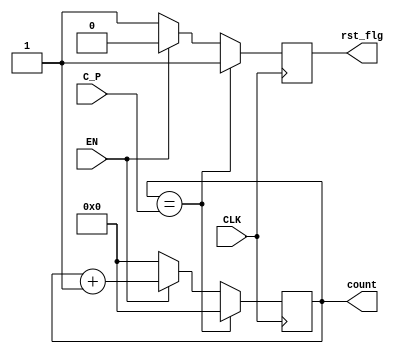
`timescale 1ns / 1ps
//////////////////////////////////////////////////////////////////////////////////
// Company: 
// Engineer: 
// 
// Design Name: 
// Module Name: Count
// Project Name: 
// Target Devices: 
// Tool Versions: 
// Description: 
// 
// Dependencies: 
// 
// Revision:
// Revision 0.01 - File Created
// Additional Comments:
// 
//////////////////////////////////////////////////////////////////////////////////


module Count#(parameter WL=8)           //WL: 8 bits for max 255
            (input CLK, EN,             
            input [WL-1:0] C_P,       //input parameters from the control module
            output reg rst_flg,
            output reg [WL-1:0] count);        //reset flag out
//reg [WL-1:0] tmp;
initial count = 0;            
always @(posedge CLK) begin
rst_flg <= 0;
    if (count==C_P) begin
        count <= 0;
        rst_flg <= 1;
        end
    else if (~EN) begin
        count <= 0;
        rst_flg <= 1;
        end
    else 
        count <= count +1;     
end
endmodule